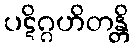
ပဋိဂ္ဂဟိတန္တိ